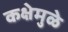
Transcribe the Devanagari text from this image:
कक्षेमुळे